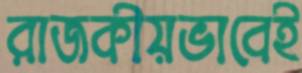
রাজকীয়ভাবেই